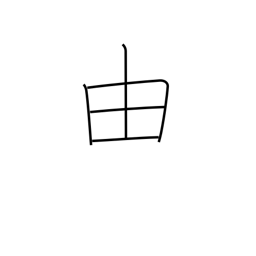
Meaning: wherefore